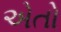
એતો